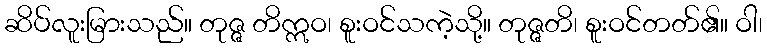
ဆိပ်လူးမြားသည်။ တုဇ္ဇ တိဣဝ၊ စူးဝင်သကဲ့သို့။ တုဇ္ဇတိ၊ စူးဝင်တတ်၏။ ဝါ၊